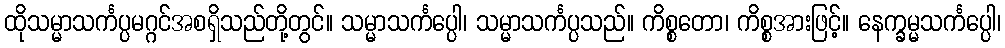
ထိုသမ္မာသင်္ကပ္ပမဂ္ဂင်အစရှိသည်တို့တွင်။ သမ္မာသင်္ကပ္ပေါ၊ သမ္မာသင်္ကပ္ပသည်။ ကိစ္စတော၊ ကိစ္စအားဖြင့်။ နေက္ခမ္မသင်္ကပ္ပေါ၊